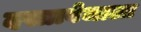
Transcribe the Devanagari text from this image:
दस्तावेजाला